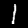
Label: 1